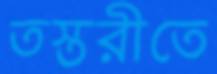
তস্তরীতে